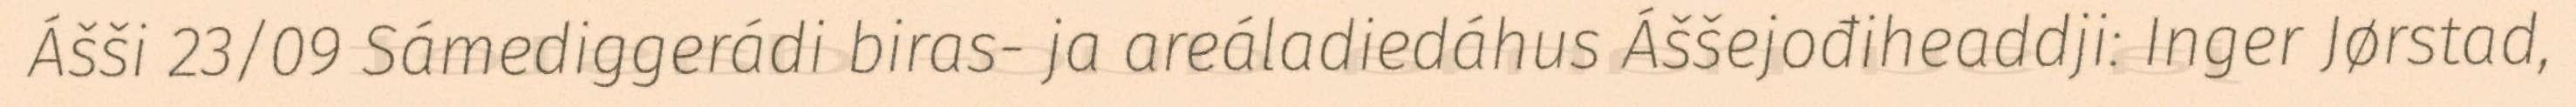
Ášši 23/09 Sámediggerádi biras- ja areáladiedáhus Áššejođiheaddji: Inger Jørstad,